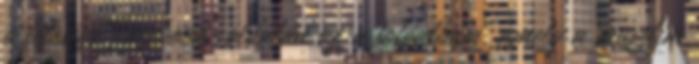
a felesége Facebook-oldalán az a fotóalbum, amely a muszlim